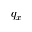
q _ { x }